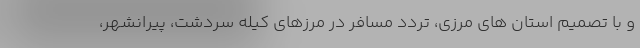
و با تصمیم استان های مرزی، تردد مسافر در مرزهای کیله سردشت، پیرانشهر،